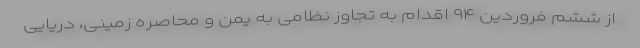
از ششم فروردین ۹۴ اقدام به تجاوز نظامی به یمن و محاصره زمینی، دریایی